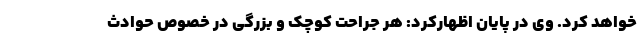
خواهد کرد. وی در پایان اظهارکرد: هر جراحت کوچک و بزرگی در خصوص حوادث